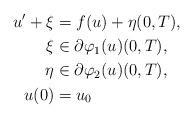
LaTeX: \begin{align*}u^{\prime}+\xi & =f(u)+\eta(0,T),\\\xi & \in\partial\varphi_{1}(u)(0,T),\\\eta & \in\partial\varphi_{2}(u)(0,T),\\u(0) & =u_{0}\end{align*}